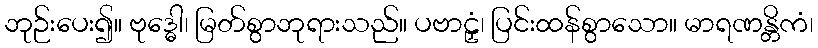
ဘုဉ်းပေး၍။ ဗုဒ္ဓေါ၊ မြတ်စွာဘုရားသည်။ ပဗာဠှံ၊ ပြင်းထန်စွာသော။ မာရဏန္တိကံ၊